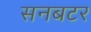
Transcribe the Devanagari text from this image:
सनबटर